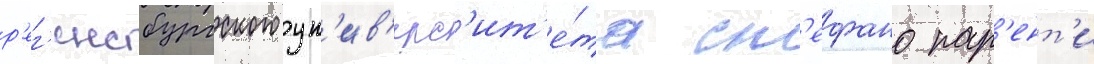
р'ег'енсбургского ун'ив'ерс'ит'е́та ст'ефано пар'ент'и